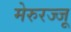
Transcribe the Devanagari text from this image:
मेरुरज्जू